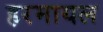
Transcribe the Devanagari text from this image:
हरमायल